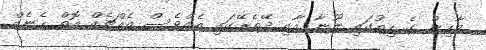
މާހިން ގެ ހިތުގައި ލޫނާ އާއި ދޭތެރޭގައި އެއްވެސް އެއްޗެއް އޮތް ހެނެއް